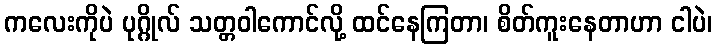
ကလေးကိုပဲ ပုဂ္ဂိုလ် သတ္တဝါကောင်လို့ ထင်နေကြတာ၊ စိတ်ကူးနေတာဟာ ငါပဲ၊